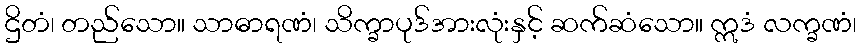
ဌိတံ၊ တည်သော။ သာဓာရဏံ၊ သိက္ခာပုဒ်အားလုံးနှင့် ဆက်ဆံသော။ ဣဒံ လက္ခဏံ၊